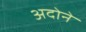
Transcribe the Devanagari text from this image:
अदोने